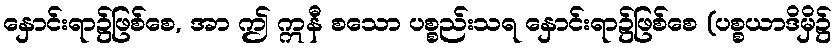
နှောင်းရာ၌ဖြစ်စေ, အာ ဤ ဣနီ စသော ပစ္စည်းသရ နှောင်းရာ၌ဖြစ်စေ (ပစ္စယာဒိမှိ၌